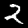
Digit: 2